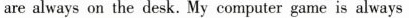
are always on the desk. My computer game is always